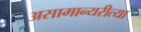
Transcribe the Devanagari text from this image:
असामान्यरीत्या